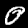
Label: 0